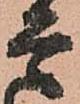
是